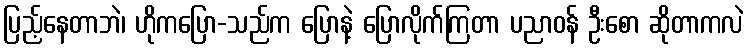
ပြည့်နေတာဘဲ၊ ဟိုကပြော-သည်က ပြောနဲ့ ပြောလိုက်ကြတာ ပညာဝန် ဦးစော ဆိုတာကလဲ